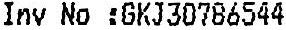
INV NO :GKJ30786544